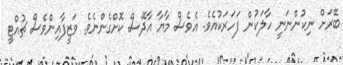
ބޭރަށް ނިކުންނަނީ ހާލަކުން ފަހަރަކުއެވެ. އެވެސް މާޔާ އާދޭސް ކޮށްގެންނެވެ. ވަޒީފާއިންވެސް ޗުއްޓީ